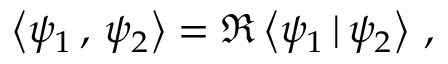
\begin{array} { r } { \left< \psi _ { 1 } \, , \, \psi _ { 2 } \right> = \Re \left< \psi _ { 1 } \, | \, \psi _ { 2 } \right> \, , } \end{array}